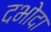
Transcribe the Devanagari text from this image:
दभोदा